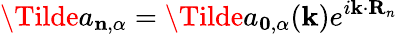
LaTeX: \Tilde{a}_{\mathbf{n},\alpha}=\Tilde{a}_{\mathbf{0},\alpha}(\mathbf{k})e^{i\mathbf{k}\cdot\mathbf{R}_{n}}